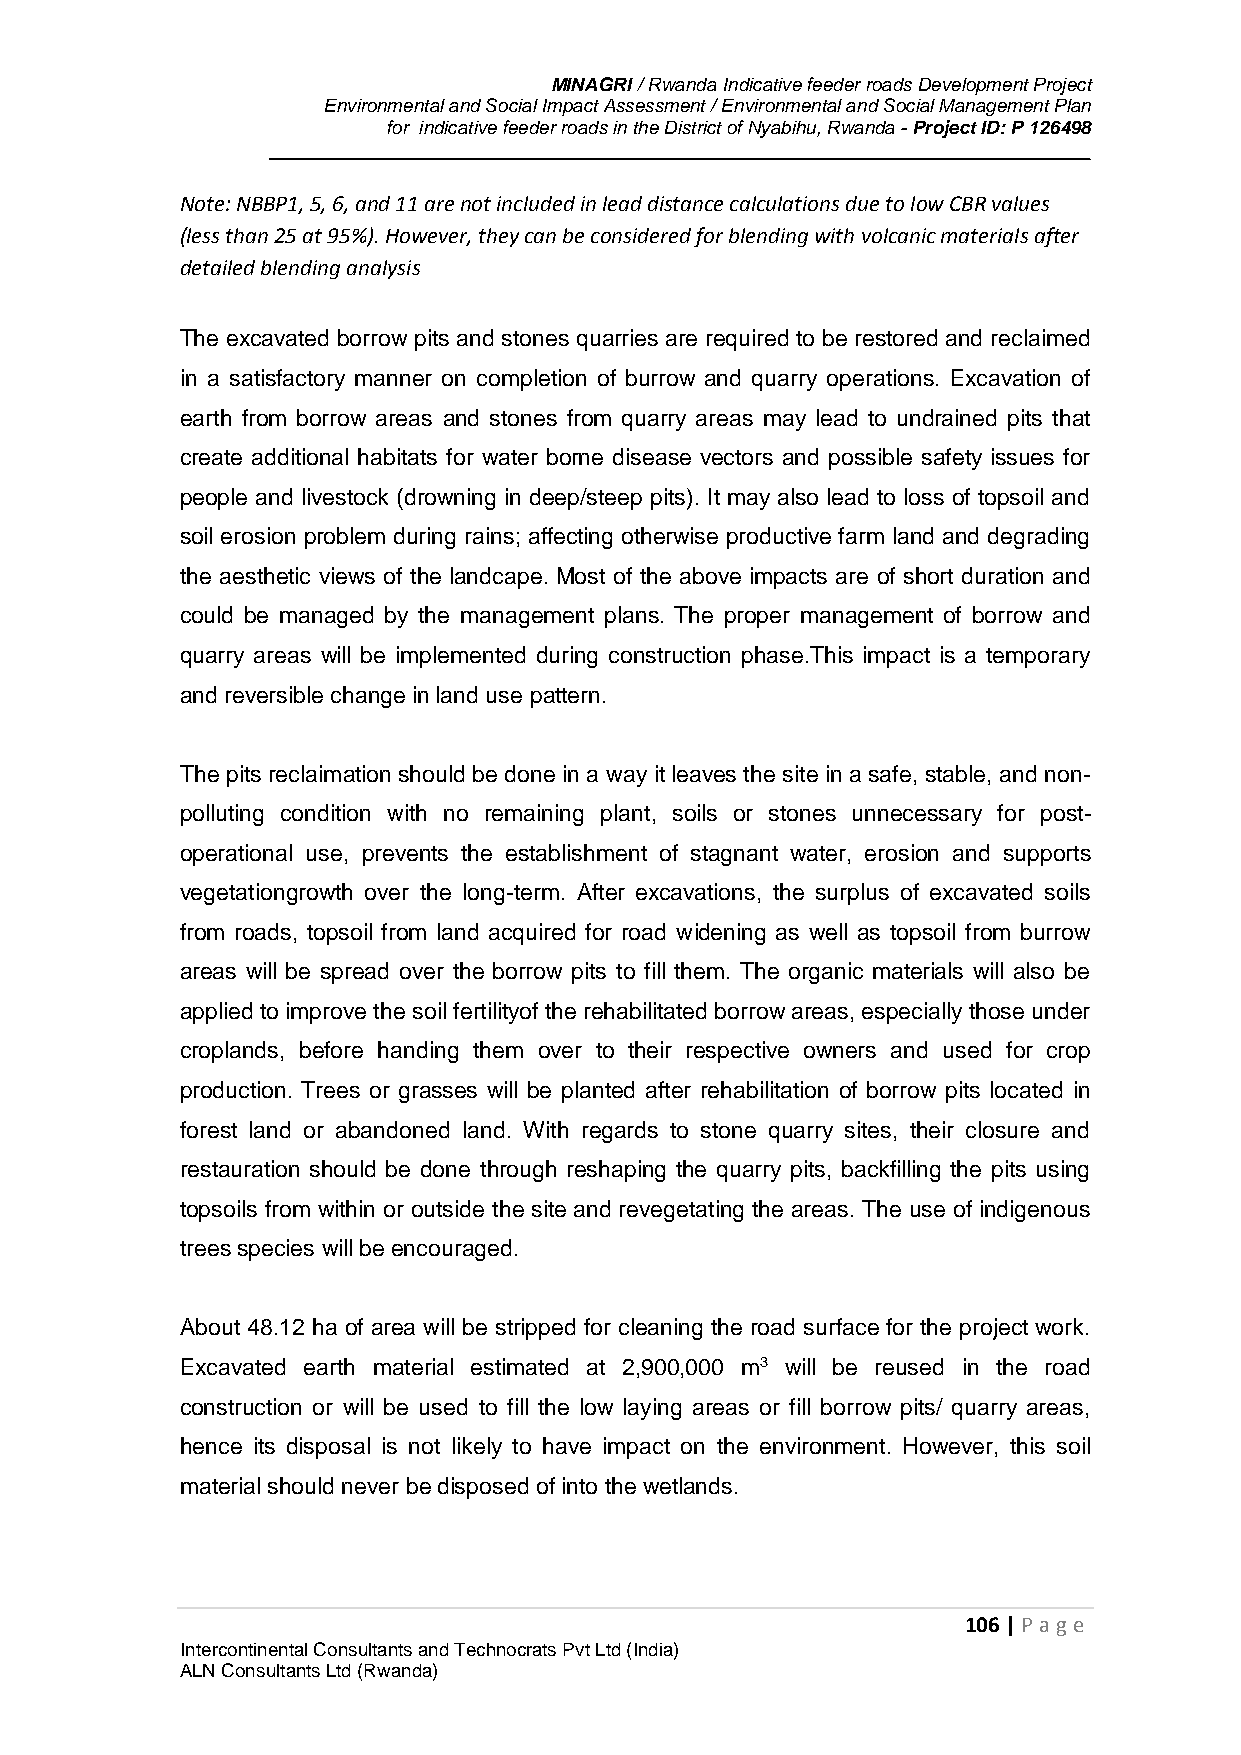
MINAGRI / Rwanda Indicative feeder roads Development Project
 Environmental and Social Impact Assessment / Environmental and Social Management Plan
 for indicative feeder roads in the District of Nyabihu, Rwanda - Project ID: P 126498
 Note: NBBP1, 5, 6, and 11 are not included in lead distance calculations due to low CBR values
 (less than 25 at 95%). However, they can be considered for blending with volcanic materials after
 detailed blending analysis
 The excavated borrow pits and stones quarries are required to be restored and reclaimed
 in a satisfactory manner on completion of burrow and quarry operations. Excavation of
 earth from borrow areas and stones from quarry areas may lead to undrained pits that
 create additional habitats for water borne disease vectors and possible safety issues for
 people and livestock (drowning in deep/steep pits). It may also lead to loss of topsoil and
 soil erosion problem during rains; affecting otherwise productive farm land and degrading
 the aesthetic views of the landcape. Most of the above impacts are of short duration and
 could be managed by the management plans. The proper management of borrow and
 quarry areas will be implemented during construction phase.This impact is a temporary
 and reversible change in land use pattern.
 The pits reclaimation should be done in a way it leaves the site in a safe, stable, and non-
 polluting condition with no remaining plant, soils or stones unnecessary for post-
 operational use, prevents the establishment of stagnant water, erosion and supports
 vegetationgrowth over the long-term. After excavations, the surplus of excavated soils
 from roads, topsoil from land acquired for road widening as well as topsoil from burrow
 areas will be spread over the borrow pits to fill them. The organic materials will also be
 applied to improve the soil fertilityof the rehabilitated borrow areas, especially those under
 croplands, before handing them over to their respective owners and used for crop
 production. Trees or grasses will be planted after rehabilitation of borrow pits located in
 forest land or abandoned land. With regards to stone quarry sites, their closure and
 restauration should be done through reshaping the quarry pits, backfilling the pits using
 topsoils from within or outside the site and revegetating the areas. The use of indigenous
 trees species will be encouraged.
 About 48.12 ha of area will be stripped for cleaning the road surface for the project work.
 Excavated earth material estimated at 2,900,000 m3 will be reused in the road
 construction or will be used to fill the low laying areas or fill borrow pits/ quarry areas,
 hence its disposal is not likely to have impact on the environment. However, this soil
 material should never be disposed of into the wetlands.
 106 | P age
 Intercontinental Consultants and Technocrats Pvt Ltd (India)
 ALN Consultants Ltd (Rwanda)